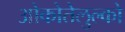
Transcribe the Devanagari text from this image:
ओकोतेलुल्को